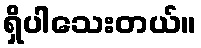
ရှိပါသေးတယ်။